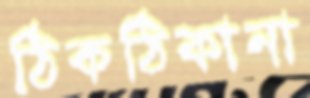
ঠিকঠিকানা